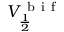
V _ { \frac { 1 } { 2 } } ^ { \mathrm { ~ b ~ i ~ f ~ } }